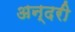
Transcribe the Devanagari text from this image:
अन्दरी